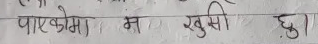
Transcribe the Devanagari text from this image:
पाएकोमा म खुसी छु।